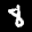
Label: 8